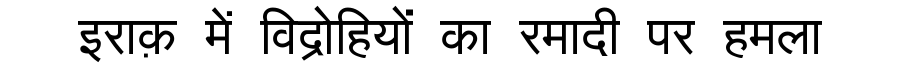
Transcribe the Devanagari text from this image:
इराक़ में विद्रोहियों का रमादी पर हमला